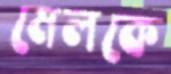
মেলকে